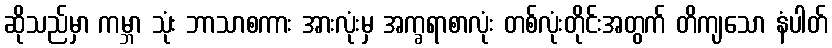
ဆိုသည်မှာ ကမ္ဘာ သုံး ဘာသာစကား အားလုံးမှ အက္ခရာစာလုံး တစ်လုံးတိုင်းအတွက် တိကျသော နံပါတ်